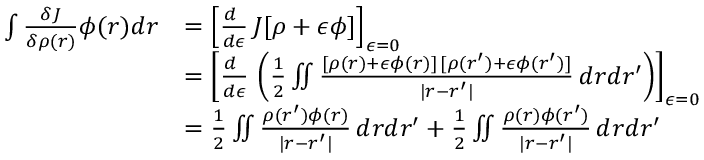
{ \begin{array} { r l } { \int { \frac { \delta J } { \delta \rho ( { \boldsymbol { r } } ) } } \phi ( { \boldsymbol { r } } ) d { \boldsymbol { r } } } & { = \left[ { \frac { d \ } { d \epsilon } } \, J [ \rho + \epsilon \phi ] \right] _ { \epsilon = 0 } } \\ & { = \left[ { \frac { d \ } { d \epsilon } } \, \left( { \frac { 1 } { 2 } } \iint { \frac { [ \rho ( { \boldsymbol { r } } ) + \epsilon \phi ( { \boldsymbol { r } } ) ] \, [ \rho ( { \boldsymbol { r } } ^ { \prime } ) + \epsilon \phi ( { \boldsymbol { r } } ^ { \prime } ) ] } { | { \boldsymbol { r } } - { \boldsymbol { r } } ^ { \prime } | } } \, d { \boldsymbol { r } } d { \boldsymbol { r } } ^ { \prime } \right) \right] _ { \epsilon = 0 } } \\ & { = { \frac { 1 } { 2 } } \iint { \frac { \rho ( { \boldsymbol { r } } ^ { \prime } ) \phi ( { \boldsymbol { r } } ) } { | { \boldsymbol { r } } - { \boldsymbol { r } } ^ { \prime } | } } \, d { \boldsymbol { r } } d { \boldsymbol { r } } ^ { \prime } + { \frac { 1 } { 2 } } \iint { \frac { \rho ( { \boldsymbol { r } } ) \phi ( { \boldsymbol { r } } ^ { \prime } ) } { | { \boldsymbol { r } } - { \boldsymbol { r } } ^ { \prime } | } } \, d { \boldsymbol { r } } d { \boldsymbol { r } } ^ { \prime } } \end{array} }